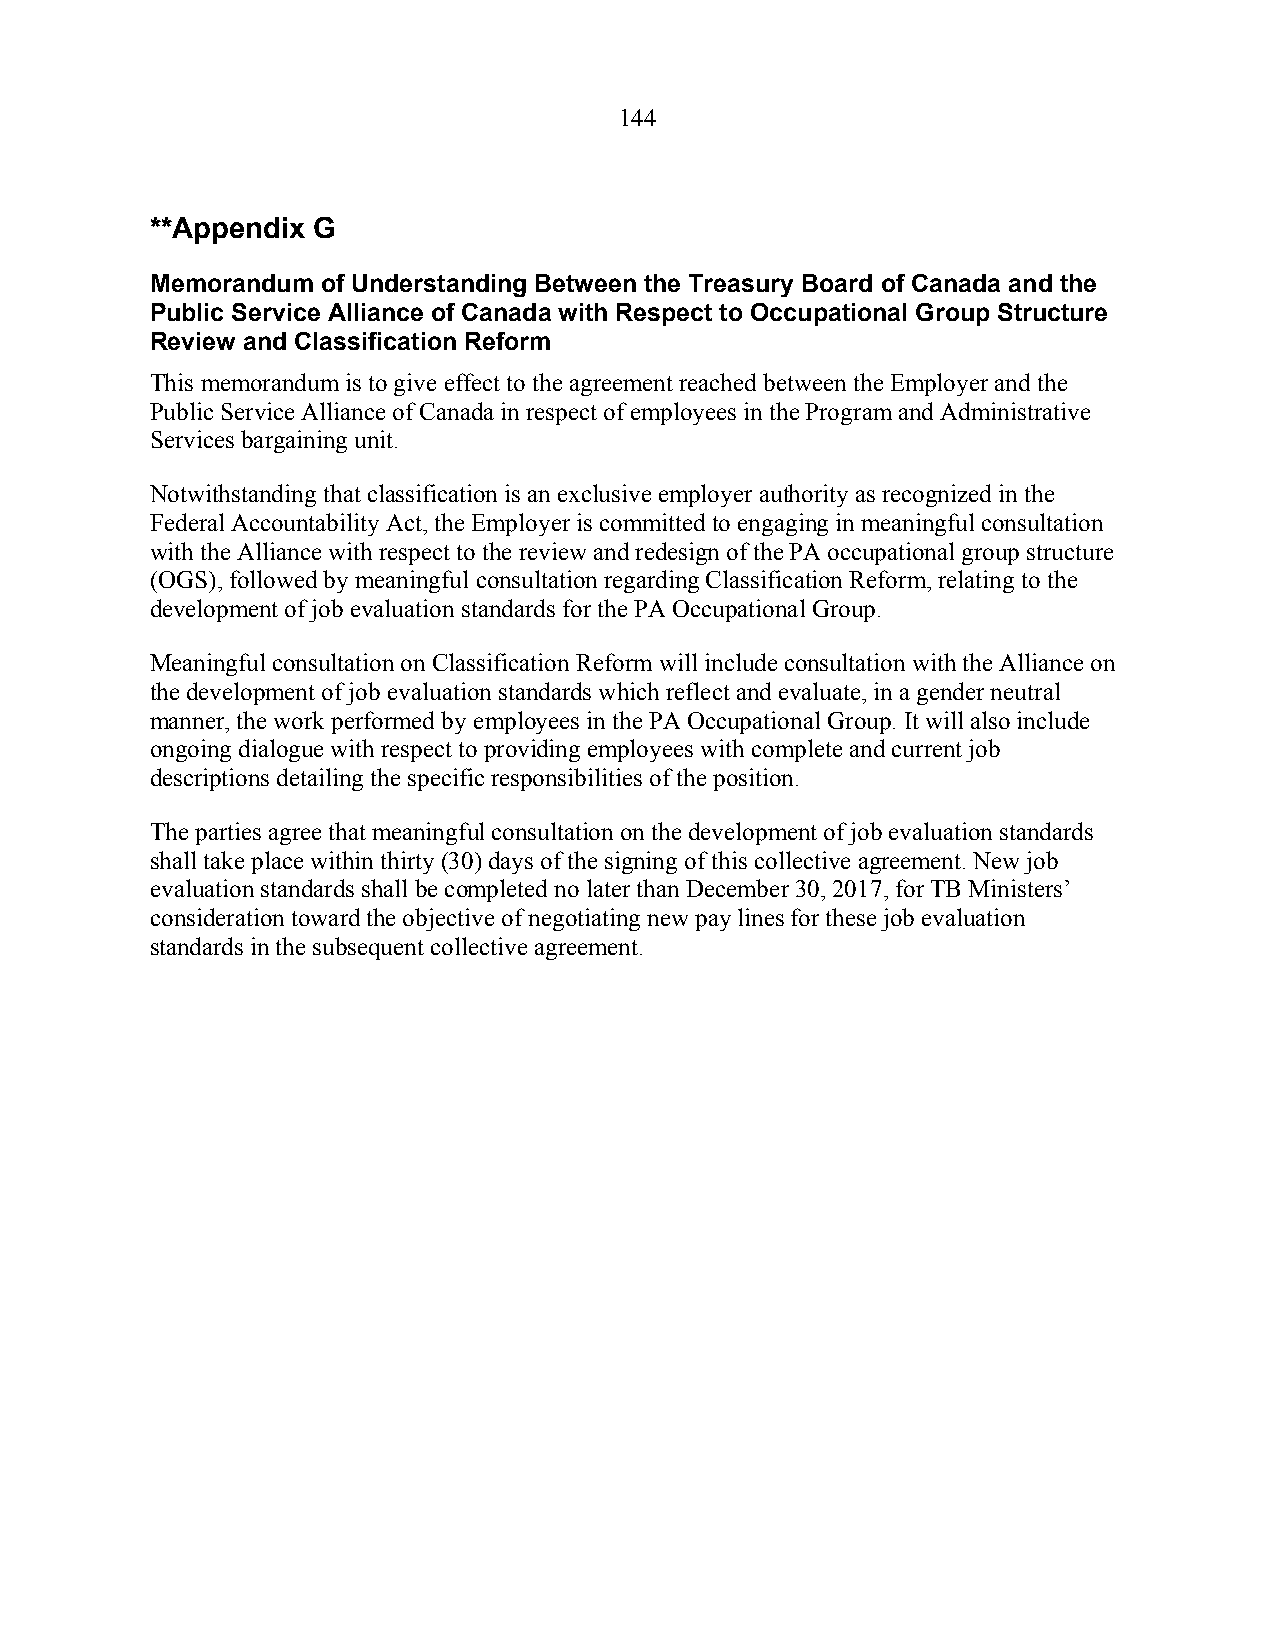
144
 **Appendix G
 Memorandum of Understanding Between the Treasury Board of Canada and the
 Public Service Alliance of Canada with Respect to Occupational Group Structure
 Review and Classification Reform
 This memorandum is to give effect to the agreement reached between the Employer and the
 Public Service Alliance of Canada in respect of employees in the Program and Administrative
 Services bargaining unit.
 Notwithstanding that classification is an exclusive employer authority as recognized in the
 Federal Accountability Act, the Employer is committed to engaging in meaningful consultation
 with the Alliance with respect to the review and redesign of the PA occupational group structure
 (OGS), followed by meaningful consultation regarding Classification Reform, relating to the
 development of job evaluation standards for the PA Occupational Group.
 Meaningful consultation on Classification Reform will include consultation with the Alliance on
 the development of job evaluation standards which reflect and evaluate, in a gender neutral
 manner, the work performed by employees in the PA Occupational Group. It will also include
 ongoing dialogue with respect to providing employees with complete and current job
 descriptions detailing the specific responsibilities of the position.
 The parties agree that meaningful consultation on the development of job evaluation standards
 shall take place within thirty (30) days of the signing of this collective agreement. New job
 evaluation standards shall be completed no later than December 30, 2017, for TB Ministers’
 consideration toward the objective of negotiating new pay lines for these job evaluation
 standards in the subsequent collective agreement.